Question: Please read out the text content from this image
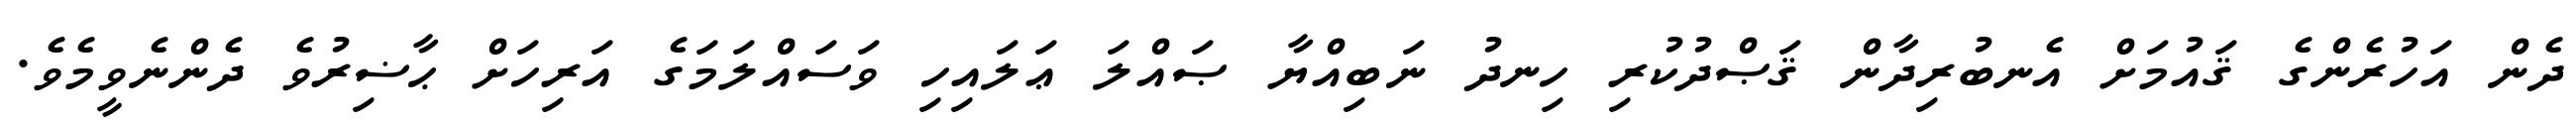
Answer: ދެން އަހުރެންގެ ޤައުމަށް އެނބުރިދާން ޤަޞްދުކުރި ހިނދު ނަބިއްޔާ ޞައްލަ ޢަލައިހި ވަސައްލަމަގެ އަރިހަށް ޙާޟިރުވެ ދެންނެވީމެވެ.